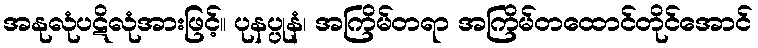
အနုလုံပဋိလုံအားဖြင့်။ ပုနပ္ပုနံ၊ အကြိမ်တရာ အကြိမ်တထောင်တိုင်အောင်